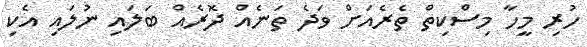
ހުރި މީހާ މިސްކިތް ތެރެއަށް ވަދެ ތަނެއް ދޮރެއް ބަލައި ނުލައި އެކި